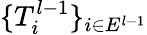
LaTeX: \{ T_{i}^{l-1}\} _{i\in E^{l-1}}